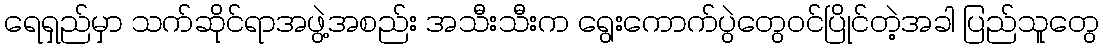
ရေရှည်မှာ သက်ဆိုင်ရာအဖွဲ့အစည်း အသီးသီးက ရွေးကောက်ပွဲတွေဝင်ပြိုင်တဲ့အခါ ပြည်သူတွေ